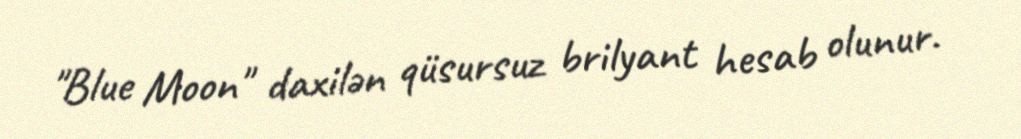
"Blue Moon" daxilən qüsursuz brilyant hesab olunur.